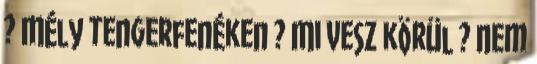
? Mély tengerfenéken ? Mi vesz körül ? Nem